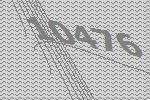
10476